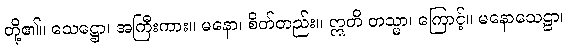
တို့၏။ သေဋ္ဌော၊ အကြီးကား။ မနော၊ စိတ်တည်း။ ဣတိ တသ္မာ၊ ကြောင့်။ မနောသေဠာ၊